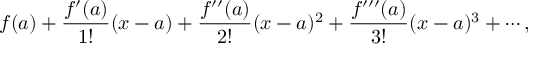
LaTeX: f ( a ) + { \frac { f ^ { \prime } ( a ) } { 1 ! } } ( x - a ) + { \frac { f ^ { \prime \prime } ( a ) } { 2 ! } } ( x - a ) ^ { 2 } + { \frac { f ^ { \prime \prime \prime } ( a ) } { 3 ! } } ( x - a ) ^ { 3 } + \cdots ,